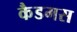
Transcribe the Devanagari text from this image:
कैडमस